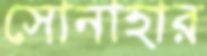
সোনাহার